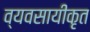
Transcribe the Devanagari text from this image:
व्यवसायीकृत